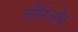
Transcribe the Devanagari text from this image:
तीरिओट्